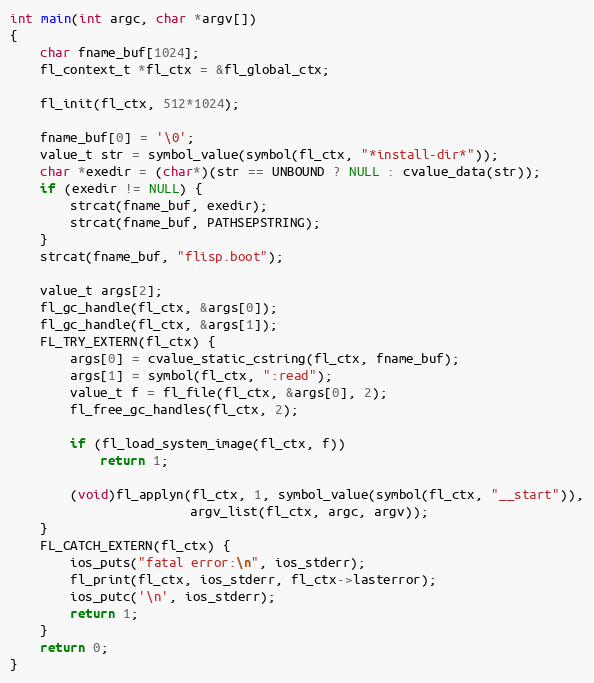
Language: C
int main(int argc, char *argv[])
{
    char fname_buf[1024];
    fl_context_t *fl_ctx = &fl_global_ctx;

    fl_init(fl_ctx, 512*1024);

    fname_buf[0] = '\0';
    value_t str = symbol_value(symbol(fl_ctx, "*install-dir*"));
    char *exedir = (char*)(str == UNBOUND ? NULL : cvalue_data(str));
    if (exedir != NULL) {
        strcat(fname_buf, exedir);
        strcat(fname_buf, PATHSEPSTRING);
    }
    strcat(fname_buf, "flisp.boot");

    value_t args[2];
    fl_gc_handle(fl_ctx, &args[0]);
    fl_gc_handle(fl_ctx, &args[1]);
    FL_TRY_EXTERN(fl_ctx) {
        args[0] = cvalue_static_cstring(fl_ctx, fname_buf);
        args[1] = symbol(fl_ctx, ":read");
        value_t f = fl_file(fl_ctx, &args[0], 2);
        fl_free_gc_handles(fl_ctx, 2);

        if (fl_load_system_image(fl_ctx, f))
            return 1;

        (void)fl_applyn(fl_ctx, 1, symbol_value(symbol(fl_ctx, "__start")),
                        argv_list(fl_ctx, argc, argv));
    }
    FL_CATCH_EXTERN(fl_ctx) {
        ios_puts("fatal error:\n", ios_stderr);
        fl_print(fl_ctx, ios_stderr, fl_ctx->lasterror);
        ios_putc('\n', ios_stderr);
        return 1;
    }
    return 0;
}